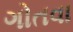
ગોતવા